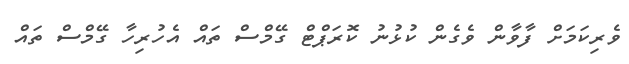
ވެެރިކަމަށް ފާވާން ވެގެން ކުޅުނު ކޮރަޕްޓް ގޭމްސް ތައް އެހުރިހާ ގޭމްސް ތައް